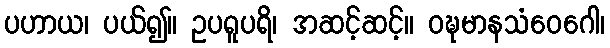
ပဟာယ၊ ပယ်၍။ ဥပရူပရိ၊ အဆင့်ဆင့်။ ဝဍ္ဎမာနသံဝေဂေါ၊